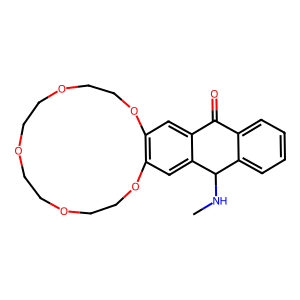
SMILES: CNC1c2ccccc2C(=O)c2cc3c(cc21)OCCOCCOCCOCCO3
Inhibits HIV replication: No